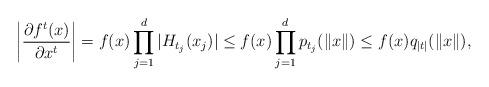
LaTeX: \begin{align*}\biggl|\frac{\partial f^t(x)}{\partial x^t}\biggr| = f(x)\prod_{j=1}^d |H_{t_j}(x_j)| \leq f(x)\prod_{j=1}^d p_{t_j}(\|x\|) \leq f(x)q_{|t|}(\|x\|),\end{align*}